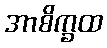
အာစိက္ခထ